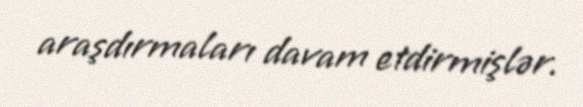
araşdırmaları davam etdirmişlər.